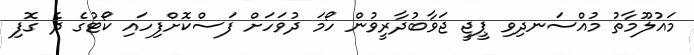
މައުލޫމާތު މުއްސަނދިވި ޕީޖީ ޖަވާބުދާރީވުން ހޯމަ ދުވަހަށް ފަސްކޮށްފިހައި ކޯޓުގެ ދެ ގޮފި